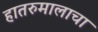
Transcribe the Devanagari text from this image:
हातरुमालाचा